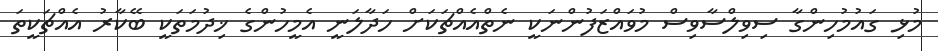
މުޅި ގައުމުހިންގާ ސިވިލްސާވިސް މުވައްޒަފުންނަކީ ނެތްއެއްޗަކަށް ހަދާލަނީ އެމީހުންގެ ޚިދުމަތަކީ ބޭކާރު އެއްޗަކީތަ